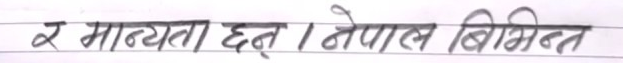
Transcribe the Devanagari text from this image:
र मान्यता छन्। नेपाल विभक्त